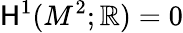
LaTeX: {\mathsf{H}}^{1}(M^{2};\mathbb{R})=0